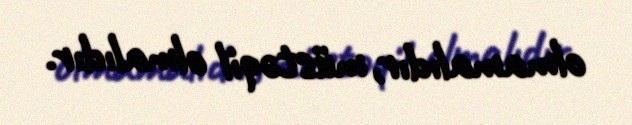
olmamalıdır, müstəqil olmalıdır.